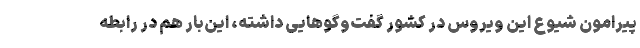
پیرامون شیوع این ویروس در کشور گفت‌وگوهایی داشته، این‌بار هم در رابطه